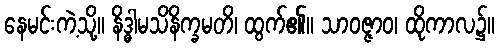
နေမင်းကဲ့သို့။ နိဒ္ဓါမသိနိက္ခမတိ၊ ထွက်၏။ သာဝဇ္ဇာဝ၊ ထိုကာလ၌။